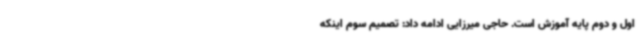
اول و دوم پایه آموزش است. حاجی میرزایی ادامه داد: تصمیم سوم اینکه